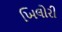
ખિલોરી